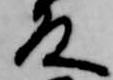
殿